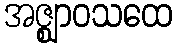
အဇ္ဈာဝသထေ